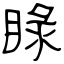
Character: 睩